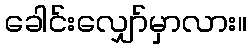
ခေါင်းလျှော်မှာလား။